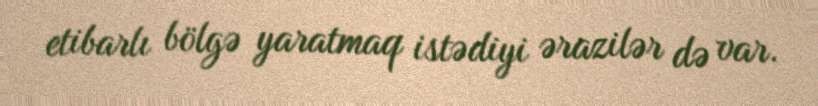
etibarlı bölgə yaratmaq istədiyi ərazilər də var.